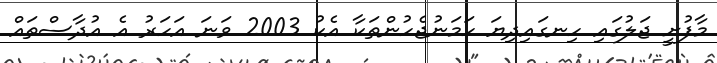
މާފުށީ ޖަލުގައި ހިނގައިދިޔަ ހަމަނުޖެހުންތަކާ އެކު 2003 ވަނަ އަހަރު އެ އުދާސްތައް